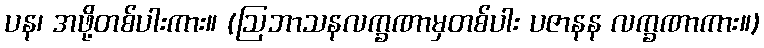
ပန၊ အဖို့တစ်ပါးကား။ (ဩဘာသနလက္ခဏာမှတစ်ပါး ပဇာနန လက္ခဏာကား။)